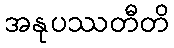
အနုပဿတီတိ